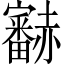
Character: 𧺁